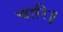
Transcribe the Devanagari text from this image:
चारि॥